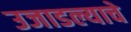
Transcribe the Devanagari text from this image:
उजाडल्याचे